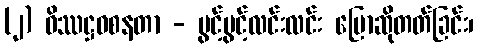
(၂) ဝိဿဋ္ဌဝစနတာ - ပွင့်ပွင့်လင်းလင်း ပြောဆိုတတ်ခြင်း၊